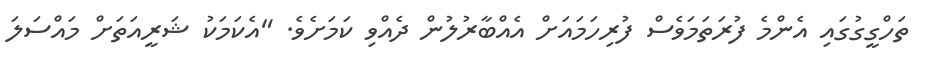
ތަހްގީގުގައި އެންމެ ފުރަތަމަވެސް ފުރިހަމައަށް އެއްބާރުލުން ދެއްވި ކަމަށެވެ. "އެކަމަކު ޝަރީއަތަށް މައްސަލަ